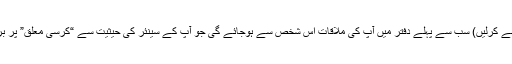
یہ آپ خود ہی طے کرلیں) سب سے پہلے دفتر میں آپ کی ملاقات اُس شخص سے ہوجائے گی جو آپ کے سینئر کی حیثیت سے “کُرسی معلق” پر براجمان ہوں گے۔